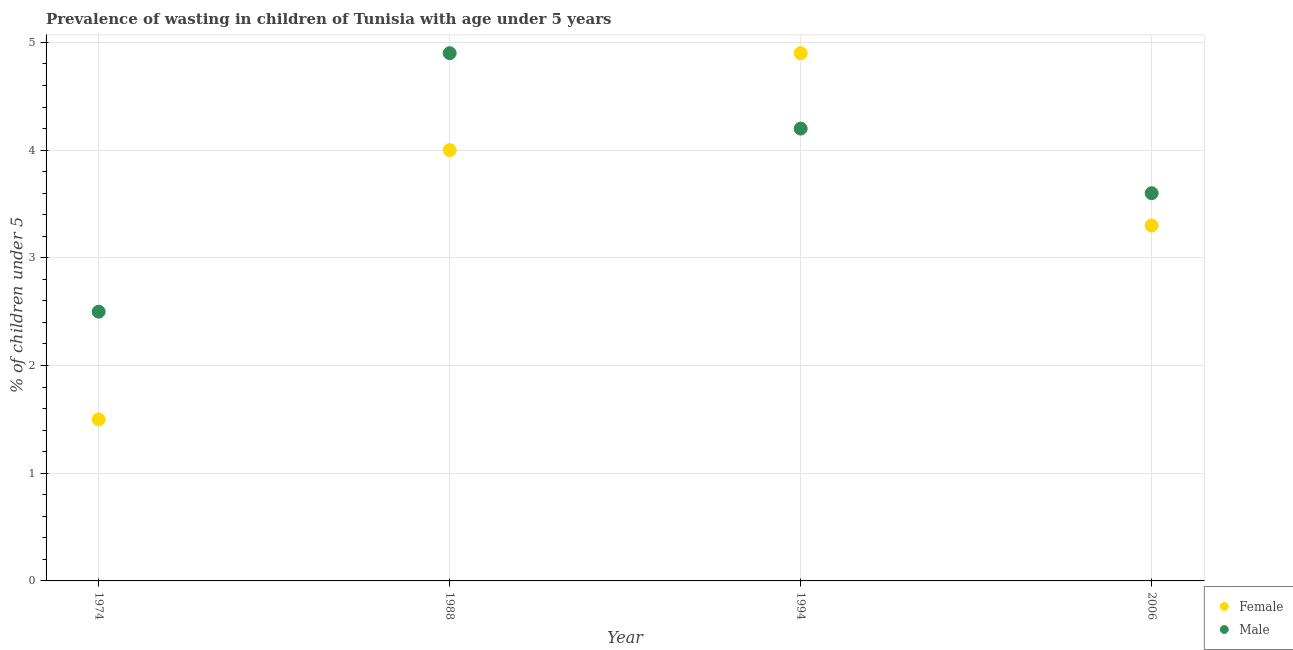
| Year | Female | Male |
 | --- | --- | --- |
 | 1974 | 1.5 | 2.5 |
 | 1988 | 4 | 4.9 |
 | 1994 | 4.9 | 4.2 |
 | 2006 | 3.3 | 3.6 |